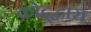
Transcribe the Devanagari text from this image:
कोट्द्वारा